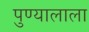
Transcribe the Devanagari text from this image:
पुण्यालाला